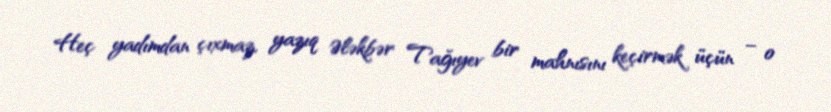
Heç yadımdan çıxmaz, yazıq Ələkbər Tağıyev bir mahnısını keçirmək üçün – o